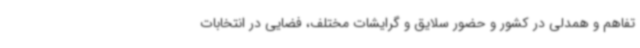
تفاهم و همدلی در کشور و حضور سلایق و گرایشات مختلف، فضایی در انتخابات